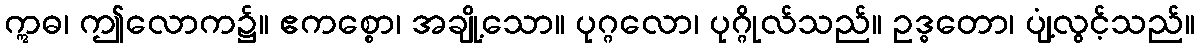
ဣဓ၊ ဤလောက၌။ ဧကစ္စော၊ အချို့သော။ ပုဂ္ဂလော၊ ပုဂ္ဂိုလ်သည်။ ဥဒ္ဓတော၊ ပျံ့လွင့်သည်။